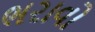
ભરાવો